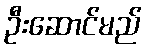
ဦးဆောင်မည်